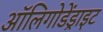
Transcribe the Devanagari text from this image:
ऑलिगोडेंड्राइट